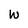
Character: w